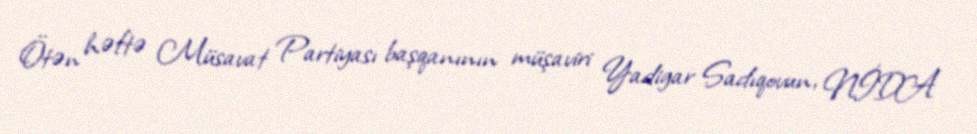
Ötən həftə Müsavat Partiyası başqanının müşaviri Yadigar Sadıqovun, NİDA